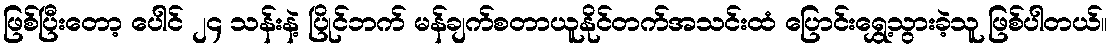
ဖြစ်ပြီးတော့ ပေါင် ၂၄ သန်းနဲ့ ပြိုင်ဘက် မန်ချက်စတာယူနိုင်တက်အသင်းထံ ပြောင်းရွှေ့သွားခဲ့သူ ဖြစ်ပါတယ်။